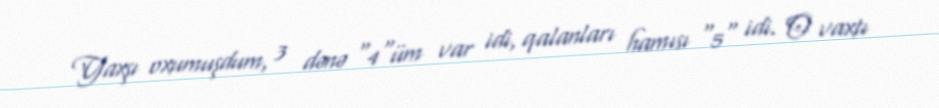
Yaxşı oxumuşdum, 3 dənə "4"üm var idi, qalanları hamısı "5" idi. O vaxtı